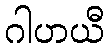
ဂါဟယီ